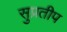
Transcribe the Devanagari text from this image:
सुप्रतीप